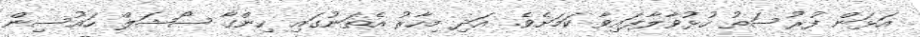
އަޅަން ފުރުސަތު ހުޅުވާލާފައިވާ ކަމަށެވެ. އަދި މިހާރު އެތަނުގައި ހިންގާ ސޯޝަލް ހައުސިން